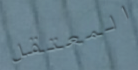
المعتقل